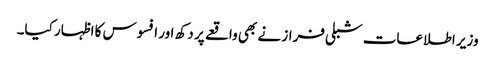
وزیر اطلاعات شبلی فراز نے بھی واقعے پر دکھ اور افسوس کا اظہار کیا۔